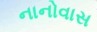
નાનોવાસ